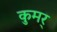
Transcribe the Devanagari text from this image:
कुमर्